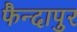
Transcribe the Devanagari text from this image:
फैन्दापुर